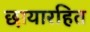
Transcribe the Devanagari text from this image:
छायारहित